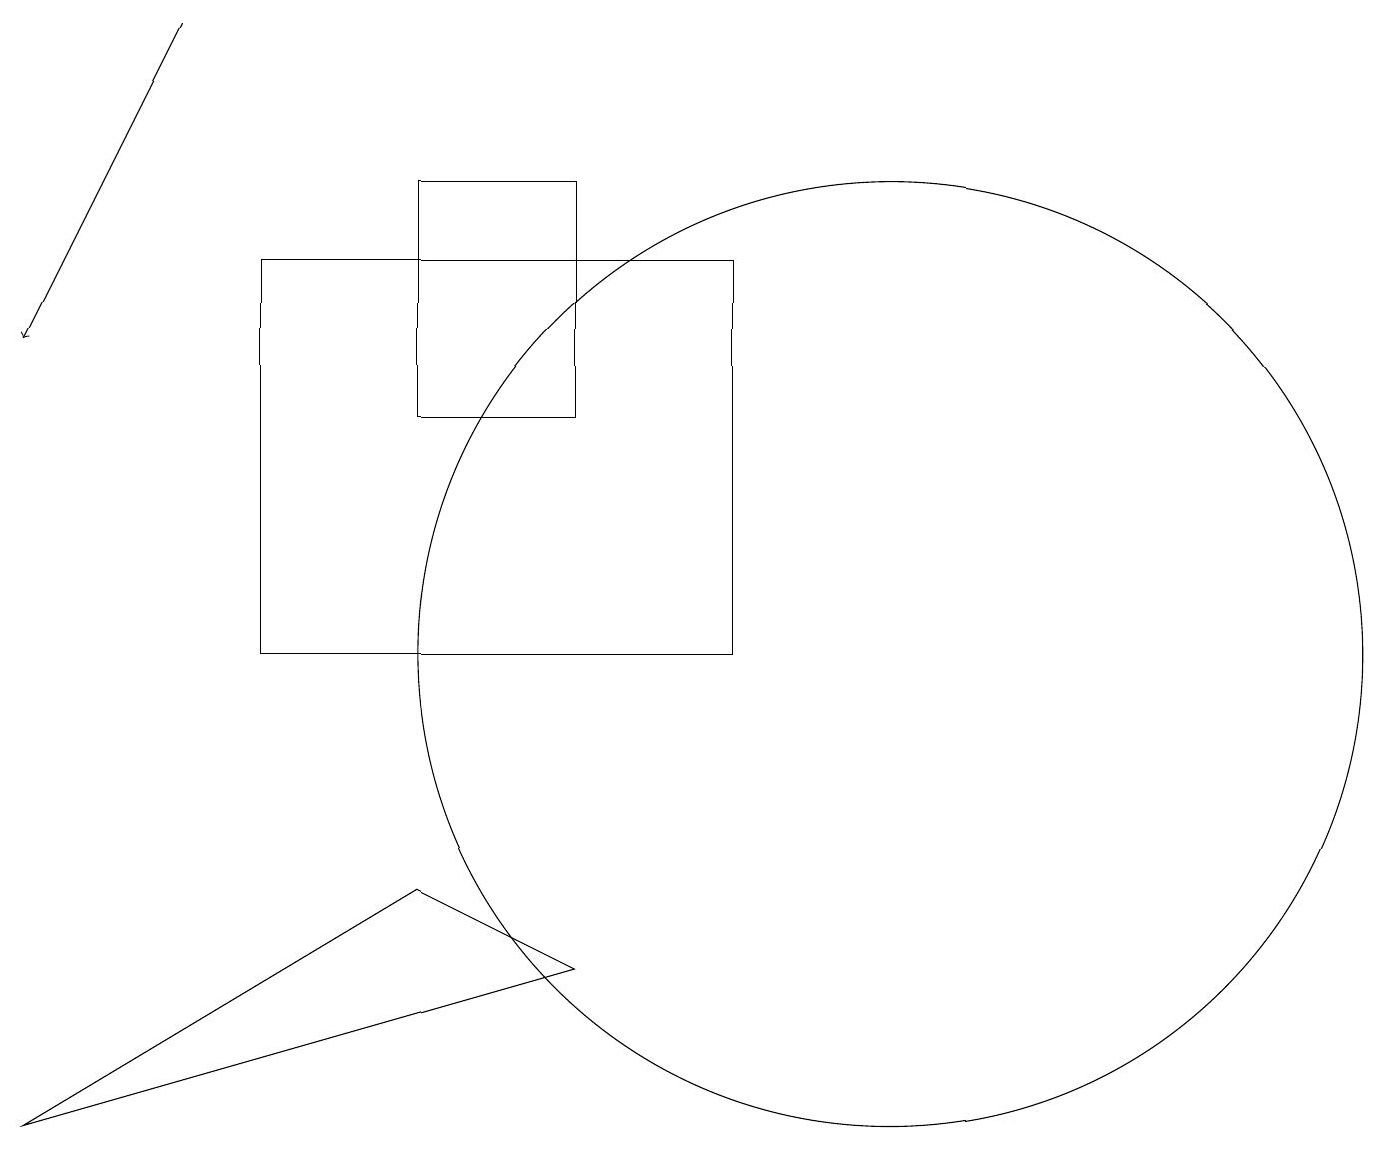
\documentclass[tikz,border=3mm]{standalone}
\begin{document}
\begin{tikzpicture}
\draw (3,10) rectangle (9,15);
\draw (7,13) rectangle (5,16);
\draw (11,10) circle (6);
\draw (7,6) -- (0,4) -- (5,7) -- cycle;
\draw[->] (2,18) -- (0,14);
\draw (12,12) circle (0);
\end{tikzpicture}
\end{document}